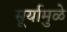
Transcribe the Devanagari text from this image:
सूर्यामुळे